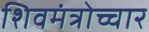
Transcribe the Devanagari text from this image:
शिवमंत्रोच्चार